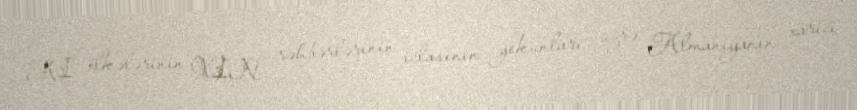
Aİ ölkələrinin XİN rəhbərlərinin iclasının yekunları üzrə Almaniyanın xarici